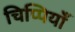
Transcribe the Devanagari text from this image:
चिप्पियाँ